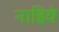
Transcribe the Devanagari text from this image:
नाहिये